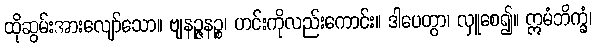
ထိုဆွမ်းအားလျော်သော။ ဗျနဉ္ဇနဉ္စ၊ ဟင်းကိုလည်းကောင်း။ ဒါပေတွာ၊ လှူစေ၍။ ဣမံဘိက္ခံ၊